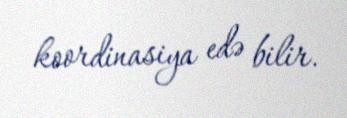
koordinasiya edə bilir.